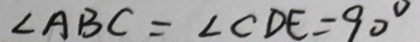
\angle A B C = \angle C D E = 9 0 ^ { \circ }